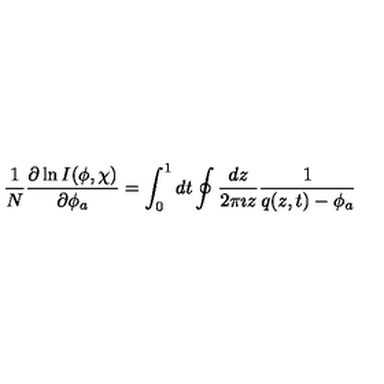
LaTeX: \frac { 1 } { N } \frac { \partial \ln I ( \phi , \chi ) } { \partial \phi _ { a } } = \int _ { 0 } ^ { 1 } d t \oint \frac { d z } { 2 \pi \imath z } \frac { 1 } { q ( z , t ) - \phi _ { a } }